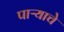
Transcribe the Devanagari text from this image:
पाऱ्याचे